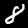
Label: 8